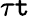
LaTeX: \tau\mathtt{t}